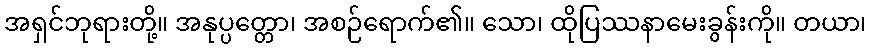
အရှင်ဘုရားတို့။ အနုပ္ပတ္တော၊ အစဉ်ရောက်၏။ သော၊ ထိုပြဿနာမေးခွန်းကို။ တယာ၊